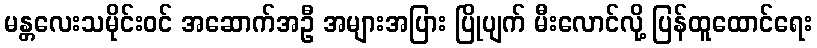
မန္တလေးသမိုင်းဝင် အဆောက်အဦ အများအပြား ပြိုပျက် မီးလောင်လို့ ပြန်ထူထောင်ရေး